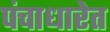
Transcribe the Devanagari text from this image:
पंचाधारेत